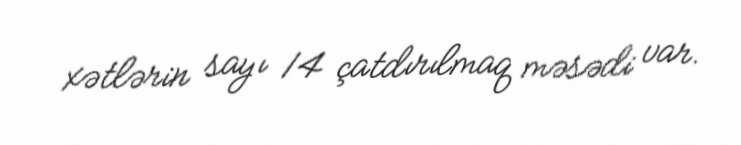
xətlərin sayı 14 çatdırılmaq məsədi var.